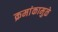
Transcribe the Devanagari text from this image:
क्रमांकामुळे